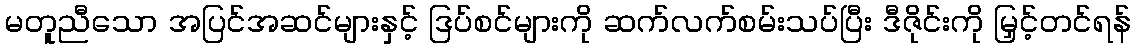
မတူညီသော အပြင်အဆင်များနှင့် ဒြပ်စင်များကို ဆက်လက်စမ်းသပ်ပြီး ဒီဇိုင်းကို မြှင့်တင်ရန်